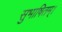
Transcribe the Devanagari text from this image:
सुभाषितम्।